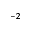
^ { - 2 }